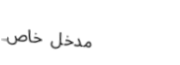
مدخل خاص